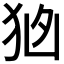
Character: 𭸂